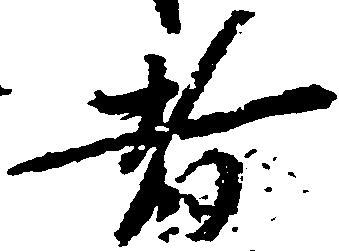
者